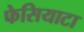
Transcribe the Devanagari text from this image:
फेसियाटा